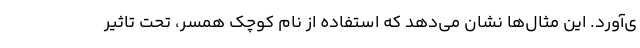
ی‌آورد. این مثال‌ها نشان می‌دهد که استفاده از نام کوچک همسر، تحت تاثیر